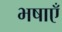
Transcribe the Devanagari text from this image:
भषाएँ